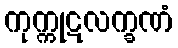
ကုက္ကုဋလက္ခဏံ